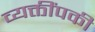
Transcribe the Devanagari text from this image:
व्यक्तींपकी